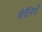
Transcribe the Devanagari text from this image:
बेचैनियाँ